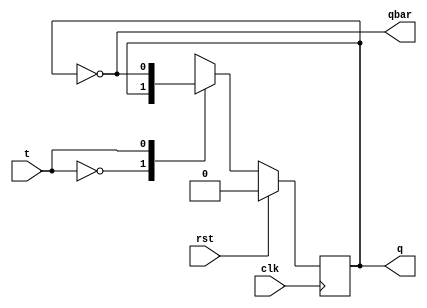
module jtflipflop(q,qbar,clk,rst,t);
	output reg q;
	output qbar;
	input clk, rst;
	input t;

	assign qbar = ~q;

	always @(posedge clk)
	begin
		if (rst)
			q <= 0;
		else
			case(t)
				1'b0: q <= q;
				1'b1: q <= ~q;
			endcase
	end
endmodule